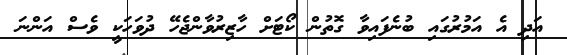
އަދި އެ އަމުރުގައި ބުނެފައިވާ ގޮތުން ކޯޓަށް ހާޒިރުވާންޖެހޭ ދުވަހަކީ ވެސް އަންނަ